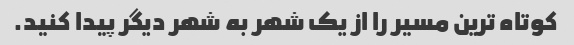
کوتاه ترین مسیر را از یک شهر به شهر دیگر پیدا کنید.